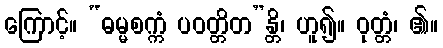
ကြောင့်။ “ဓမ္မစက္ကံ ပဝတ္တိတ”န္တိ၊ ဟူ၍။ ဝုတ္တံ၊ ၏။